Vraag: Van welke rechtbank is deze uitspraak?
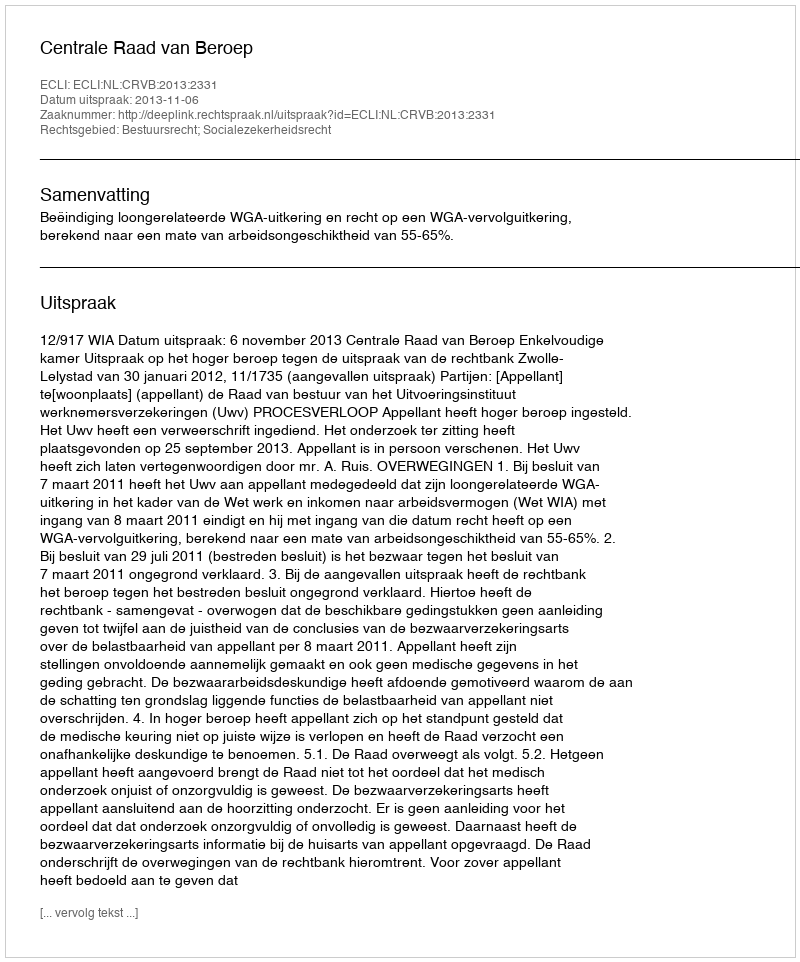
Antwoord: Centrale Raad van Beroep